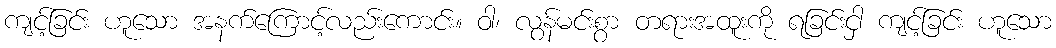
ကျင့်ခြင်း ဟူသော အနက်ကြောင့်လည်းကောင်း။ ဝါ၊ လွန်မင်းစွာ တရားအထူးကို ရခြင်းငှါ ကျင့်ခြင်း ဟူသော